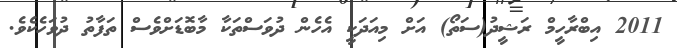
2011 އިބްރާހީމް ރަޝީދު(ސަތޯ) އަށް މިއަދަކީ އެހެން ދުވަސްތަކާ މާބޮޑަށްވެސް ތަފާތު ދުވަހެކެވެ.